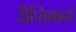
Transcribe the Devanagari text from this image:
दीप्तिमानों